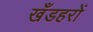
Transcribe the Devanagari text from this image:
खँडहरों